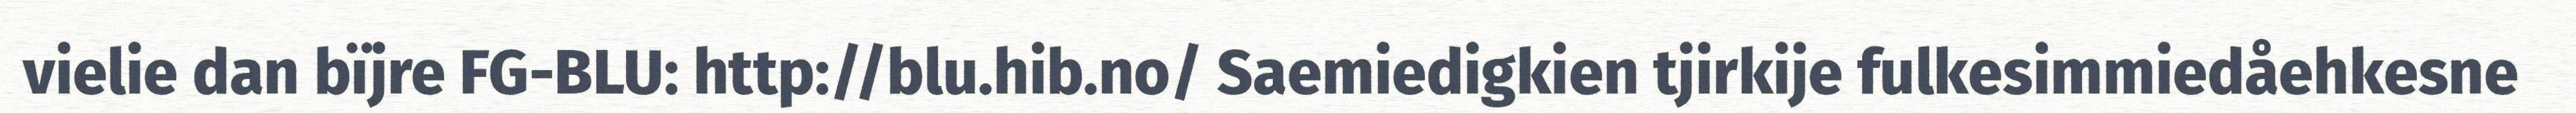
vielie dan bïjre FG-BLU: http://blu.hib.no/ Saemiedigkien tjirkije fulkesimmiedåehkesne